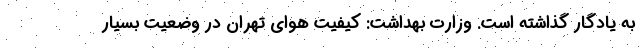
به یادگار گذاشته است. وزارت بهداشت: کیفیت هوای تهران در وضعیت بسیار